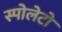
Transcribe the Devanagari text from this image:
स्पोलेटो